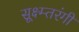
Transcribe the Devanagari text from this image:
सूक्ष्म्तरंगी